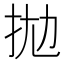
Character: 拋